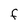
Character: F